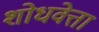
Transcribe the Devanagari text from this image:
शोधवेत्ता